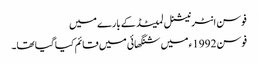
فوسن انٹرنیشنل لمیٹڈ کے بارے میں
فوسن 1992ء میں شنگھائی میں قائم کیا گیا تھا۔